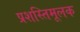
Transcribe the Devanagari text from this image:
प्रशस्तिमूलक